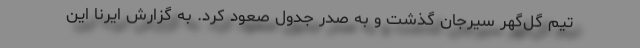
تیم گل‌گهر سیرجان گذشت و به صدر جدول صعود کرد. به گزارش ایرنا این